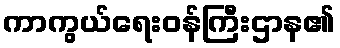
ကာကွယ်ရေးဝန်ကြီးဌာန၏